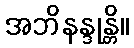
အဘိနန္ဒုန္တိ။